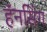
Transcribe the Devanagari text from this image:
हॅनसिंग